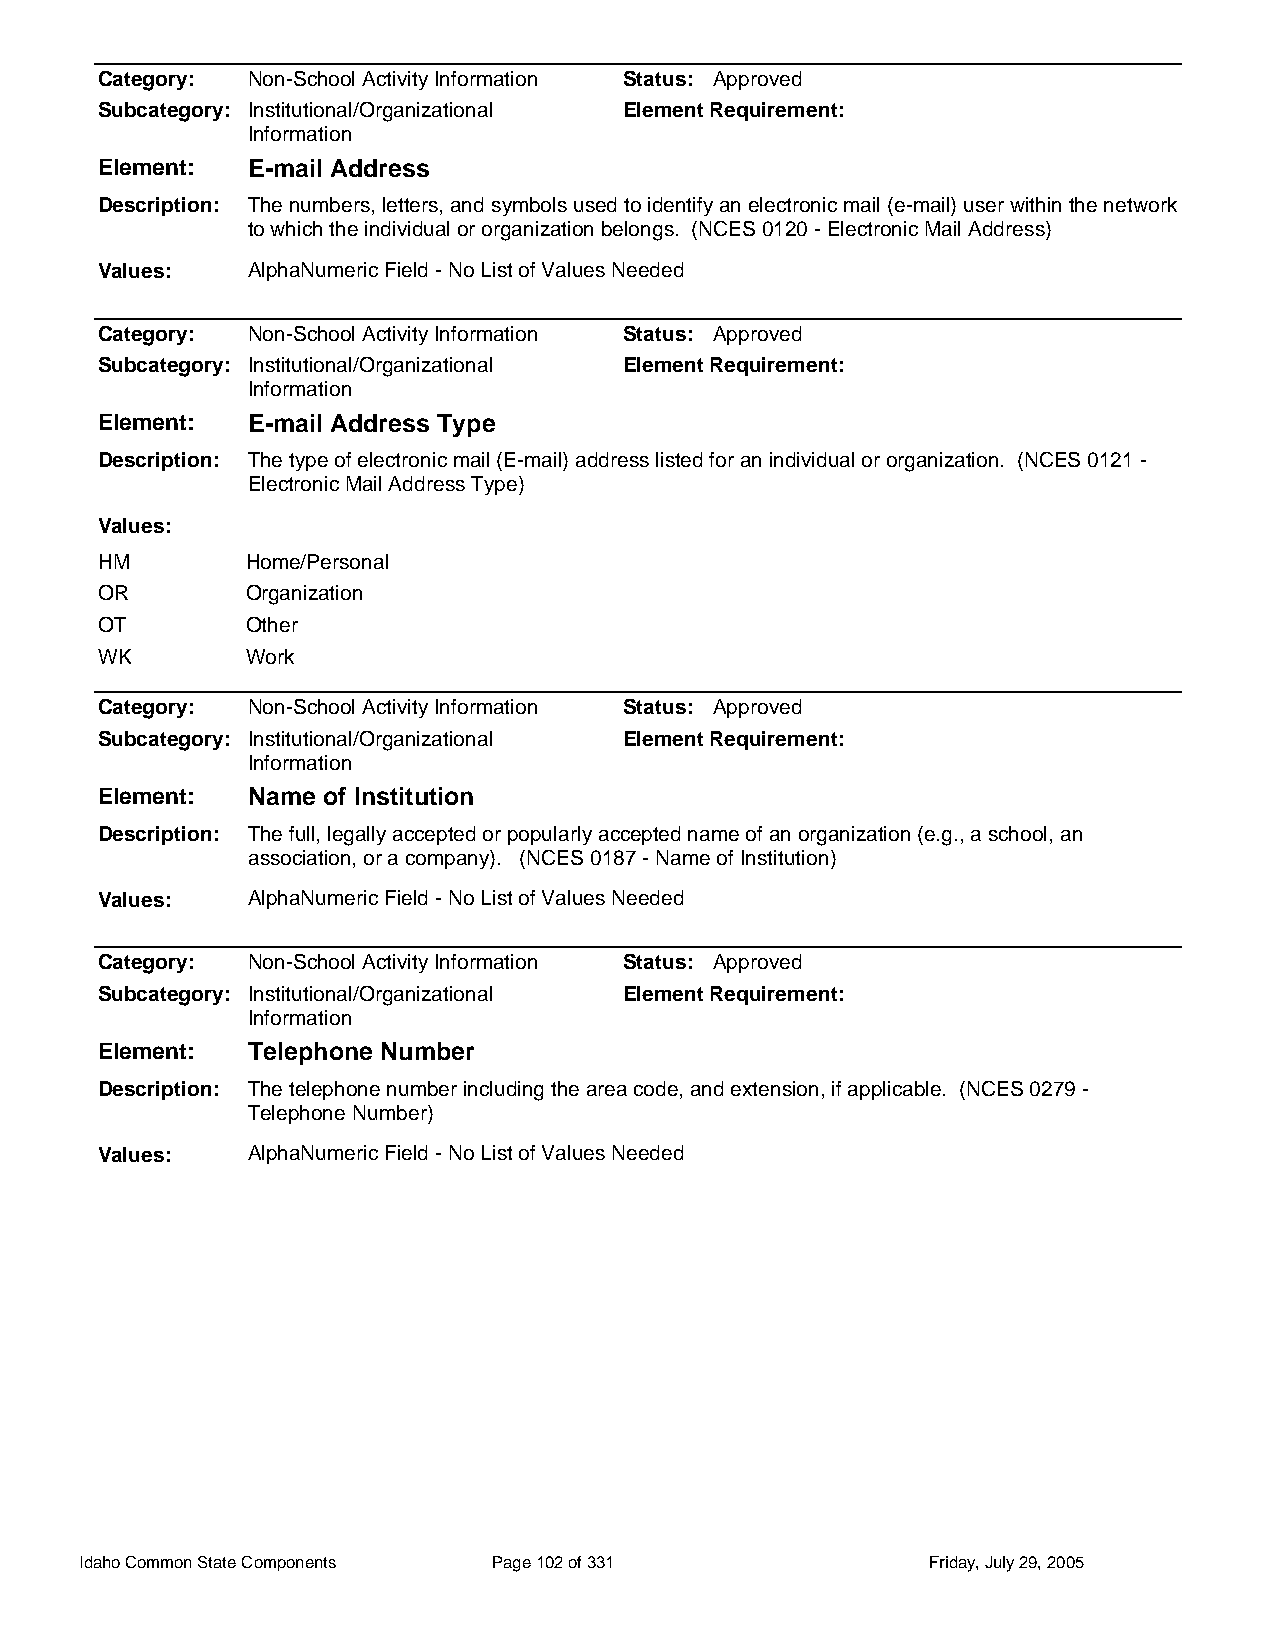
Category: Non-School Activity Information Status: Approved
 Subcategory: Institutional/Organizational Element Requirement:
 Information
 Element:  E-mail Address
 Description: The numbers, letters, and symbols used to identify an electronic mail (e-mail) user within the network
 to which the individual or organization belongs. (NCES 0120 - Electronic Mail Address)
 Values:   AlphaNumeric Field - No List of Values Needed
 Category: Non-School Activity Information Status: Approved
 Subcategory: Institutional/Organizational Element Requirement:
 Information
 Element:  E-mail Address Type
 Description: The type of electronic mail (E-mail) address listed for an individual or organization. (NCES 0121 -
 Electronic Mail Address Type)
 Values:
 HM        Home/Personal
 OR        Organization
 OT        Other
 WK        Work
 Category: Non-School Activity Information Status: Approved
 Subcategory: Institutional/Organizational Element Requirement:
 Information
 Element:  Name of Institution
 Description: The full, legally accepted or popularly accepted name of an organization (e.g., a school, an
 association, or a company). (NCES 0187 - Name of Institution)
 Values:   AlphaNumeric Field - No List of Values Needed
 Category: Non-School Activity Information Status: Approved
 Subcategory: Institutional/Organizational Element Requirement:
 Information
 Element:  Telephone Number
 Description: The telephone number including the area code, and extension, if applicable. (NCES 0279 -
 Telephone Number)
 Values:   AlphaNumeric Field - No List of Values Needed
 Idaho Common State Components Page 102 of 331           Friday, July 29, 2005